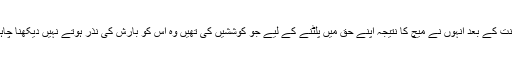
سخت محنت کے بعد انہوں نے میچ کا نتیجہ اپنے حق میں پلٹنے کے لیے جو کوششیں کی تھیں وہ اس کو بارش کی نذر ہوتے نہیں دیکھنا چاہتے تھے۔